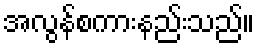
အလွန်စကားနည်းသည်။